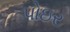
પોઇર